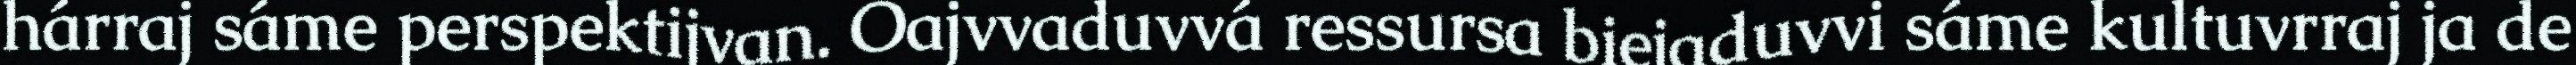
hárraj sáme perspektijvan. Oajvvaduvvá ressursa biejaduvvi sáme kultuvrraj ja de